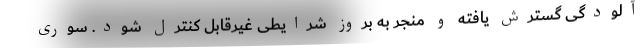
آلودگی گسترش یافته و منجر به بروز شرایطی غیرقابل کنترل شود. سوری